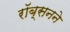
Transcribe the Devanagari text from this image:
रॉब्सनने